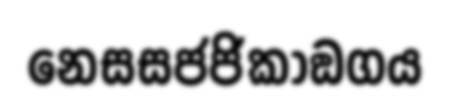
නෙසසජජිකාඞගය